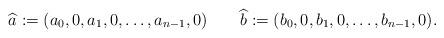
LaTeX: \begin{align*}\widehat{a}:=(a_0,0,a_1,0,\ldots,a_{n-1},0)\quad\quad\widehat{b}:=(b_0,0,b_1,0,\ldots,b_{n-1},0).\end{align*}